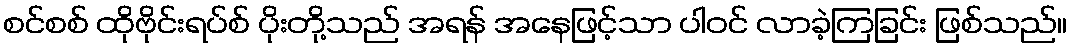
စင်စစ် ထိုဗိုင်းရပ်စ် ပိုးတို့သည် အရန် အနေဖြင့်သာ ပါဝင် လာခဲ့ကြခြင်း ဖြစ်သည်။